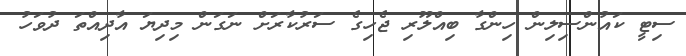
ސިޓީ ކައުންސިލިން ހިންގާ ބިއްލޫރި ޖެހިގެ ސަރުކާރަށް ނަގަން މިދިޔަ އާދިއްތަ ދުވަހު